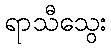
ရာသီသွေး